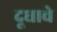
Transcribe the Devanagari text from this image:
दूधाचे